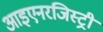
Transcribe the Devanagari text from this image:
आइएनरजिस्ट्री